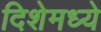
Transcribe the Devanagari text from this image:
दिशेमध्ये